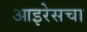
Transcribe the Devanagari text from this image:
आइरेसचा